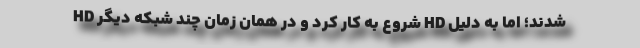
HD شروع به کار کرد و در همان زمان چند شبکه دیگر HD شدند؛ اما به دلیل